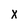
Character: X